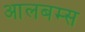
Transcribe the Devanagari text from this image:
आलबम्स